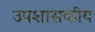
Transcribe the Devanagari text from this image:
उपशासकीय